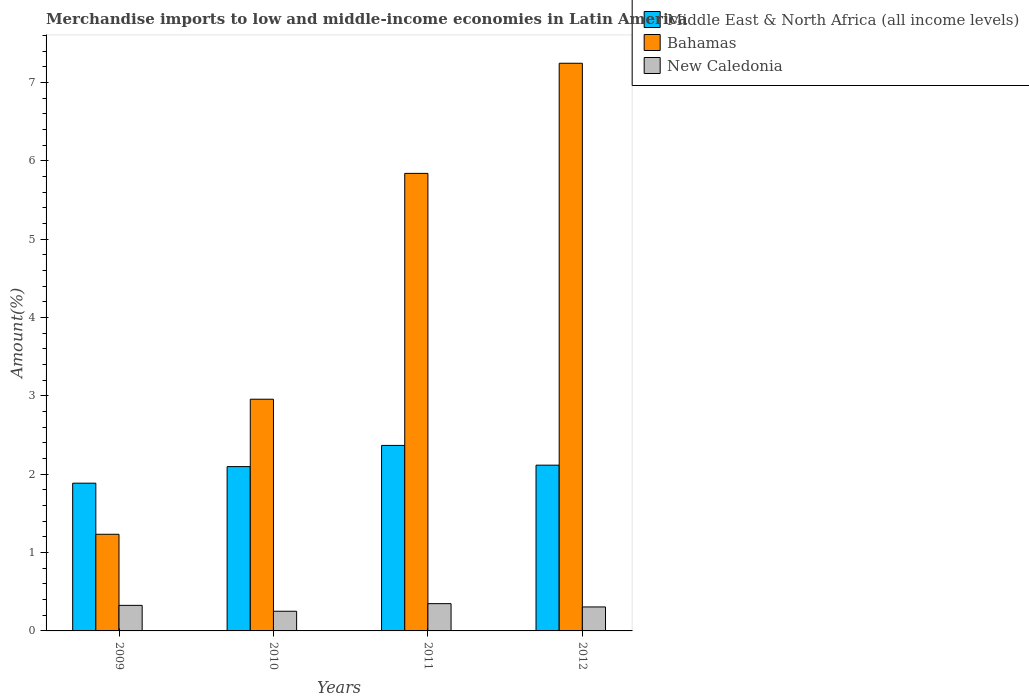
| Years | Middle East & North Africa (all income levels) | Bahamas | New Caledonia |
 | --- | --- | --- | --- |
 | 2009 | 1.89 | 1.23 | 0.326 |
 | 2010 | 2.1 | 2.96 | 0.251 |
 | 2011 | 2.37 | 5.84 | 0.348 |
 | 2012 | 2.12 | 7.25 | 0.306 |